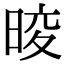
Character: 𭦑